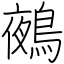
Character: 鵺